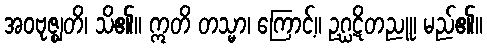
အဝဗုဇ္ဈတိ၊ သိ၏။ ဣတိ တသ္မာ၊ ကြောင့်။ ဥဂ္ဃဋိတညူ၊ မည်၏။